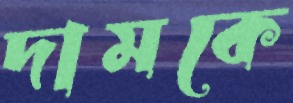
দামকে